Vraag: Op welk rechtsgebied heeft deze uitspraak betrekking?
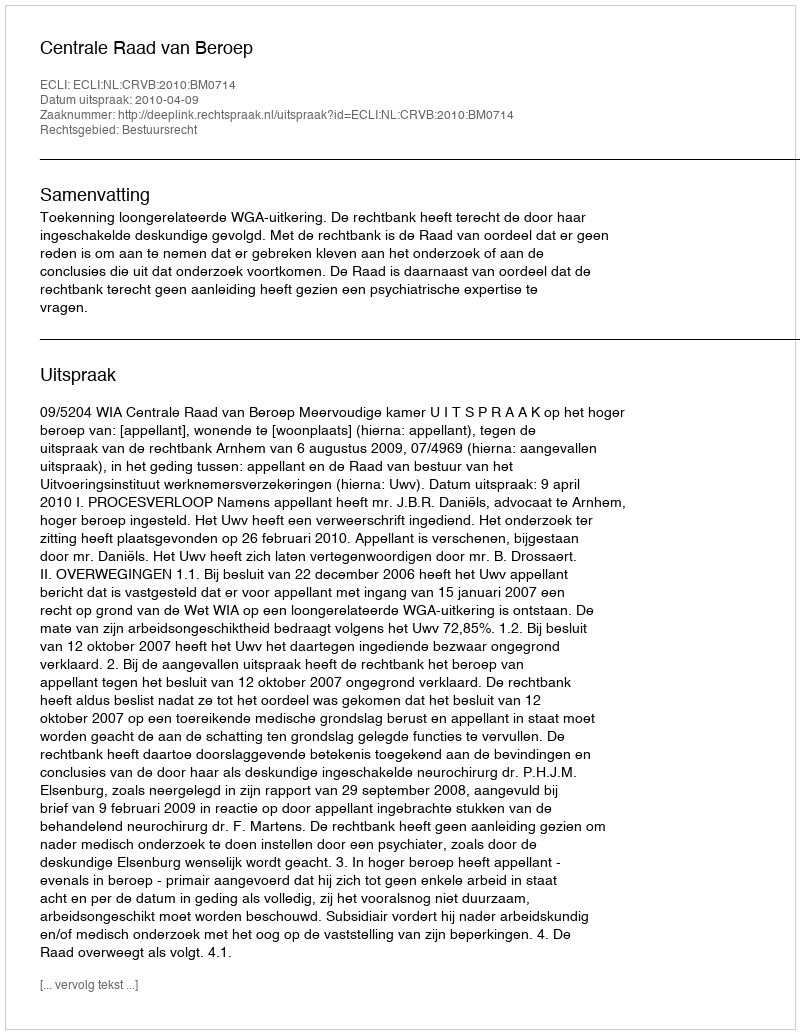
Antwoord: Bestuursrecht